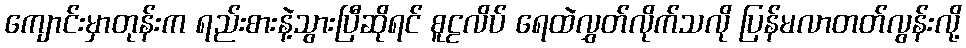
ကျောင်းမှာတုန်းက ရည်းစားနဲ့သွားပြီဆိုရင် စူဠလိပ် ရေထဲလွှတ်လိုက်သလို ပြန်မလာတတ်လွန်းလို့